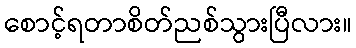
စောင့်ရတာစိတ်ညစ်သွားပြီလား။